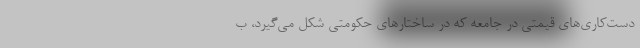
دست‌کاری‌های قیمتی در جامعه که در ساختارهای حکومتی شکل می‌گیرد، ب